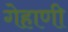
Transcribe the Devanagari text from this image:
गेहाणी